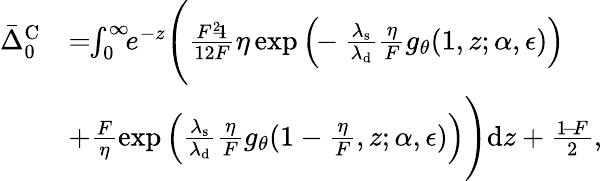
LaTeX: \begin{array}{rl}{\bar{\Delta}_{0}^{\mathrm{C}}}&{=\! \! \int_{0}^{\infty}\! \! e^{-z}\Bigg(\frac{F^{2}\! \! -\! \! 1}{12F}\eta\exp{\Big(\! \! -\frac{\lambda_{\mathrm{s}}}{\lambda_{\mathrm{d}}}\frac{\eta}{F}g_{\theta}(1,z;\alpha,\epsilon)\Big)}}\\ &{+\frac{F}{\eta}\exp{\Big(\frac{\lambda_{\mathrm{s}}}{\lambda_{\mathrm{d}}}\frac{\eta}{F}g_{\theta}(1-\frac{\eta}{F},z;\alpha,\epsilon)\Big)}\Bigg)\mathrm{d}z+\frac{1\! -\! F}{2},}\end{array}